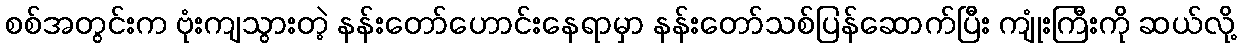
စစ်အတွင်းက ဗုံးကျသွားတဲ့ နန်းတော်ဟောင်းနေရာမှာ နန်းတော်သစ်ပြန်ဆောက်ပြီး ကျုံးကြီးကို ဆယ်လို့